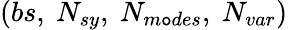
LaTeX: (bs,\ N_{sy},\ N_{m\mathtt{o}des},\ N_{var})